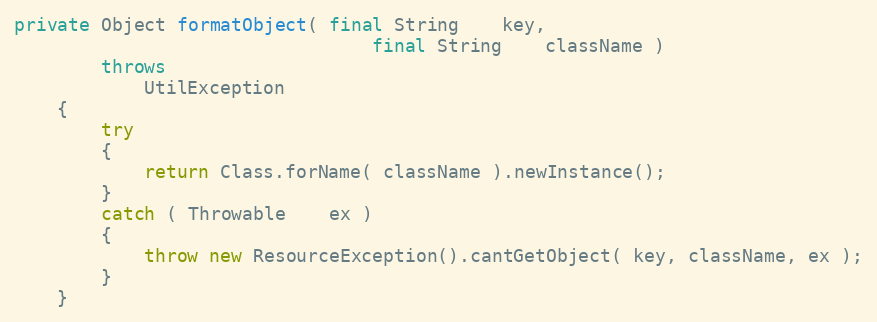
Language: Java
private Object formatObject( final String    key,
                                 final String    className )
        throws
            UtilException
    {
        try
        {
            return Class.forName( className ).newInstance();
        }
        catch ( Throwable    ex )
        {
            throw new ResourceException().cantGetObject( key, className, ex );
        }
    }